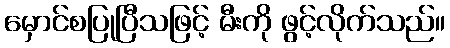
မှောင်စပြုပြီသဖြင့် မီးကို ဖွင့်လိုက်သည်။